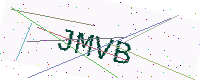
Text: JMVB